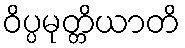
ဝိပ္ပမုတ္တိယာတိ